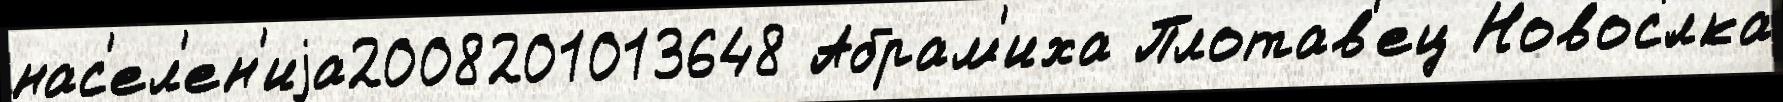
нас'ел'ен'иjа2008201013648 Абрам'иха Плотав'ец Новос'́лка